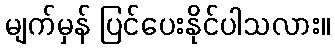
မျက်မှန် ပြင်ပေးနိုင်ပါသလား။